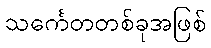
သင်္ကေတတစ်ခုအဖြစ်